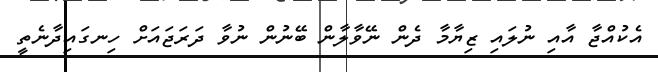
އެކުއްޖާ އާއި ނުލައި ޒިޔާމާ ދެން ނޭވާލާން ބޭނުން ނުވާ ދަރަޖައަށް ހިނގައިދާނެތީ